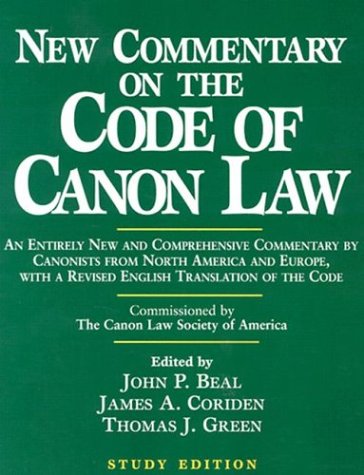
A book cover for New Commentary on the Code of Canon Law: Study Edition; John P. Beal; Law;